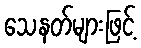
သေနတ်များဖြင့်